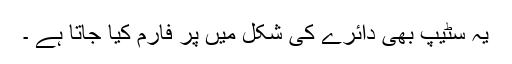
یہ سٹیپ بھی دائرے کی شکل میں پر فارم کیا جاتا ہے ۔